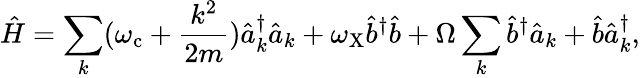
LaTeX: {\hat{H}=\sum_{k}(\omega_{\mathrm{{c}}}+\frac{k^{2}}{2m})\hat{a}_{k}^{\dagger}\hat{a}_{k}+\omega_{\mathrm{X}}\hat{b}^{\dagger}\hat{b}+\Omega\sum_{k}\hat{b}^{\dagger}\hat{a}_{k}+\hat{b}\hat{a}_{k}^{\dagger},}